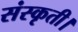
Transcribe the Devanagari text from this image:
संस्कृती।